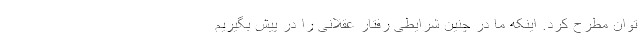
توان مطرح کرد. اینکه ما در چنین شرایطی رفتار عقلانی را در پیش بگیریم